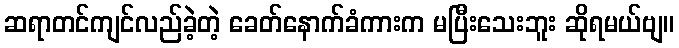
ဆရာတင်ကျင်လည်ခဲ့တဲ့ ခေတ်နောက်ခံကားက မပြီးသေးဘူး ဆိုရမယ်ဗျ။